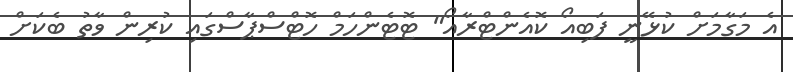
އެ މަގާމަށް ކުޅޭނީ ފަބިއޯ ކޮއެންޓްރާއޯ" ޓޮޓެންހަމް ހޮޓްސްޕާސްގައި ކުރިން ވާތު ބެކަށް